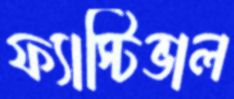
ফ্যাস্টিভাল